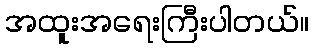
အထူးအရေးကြီးပါတယ်။